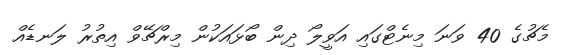
މެޗުގެ 40 ވަނަ މިނެޓްގައި އަވީލޯ ދިން ބޯޅައަކުން މިރްޗޭވް އިތުރު ލަނޑެއް